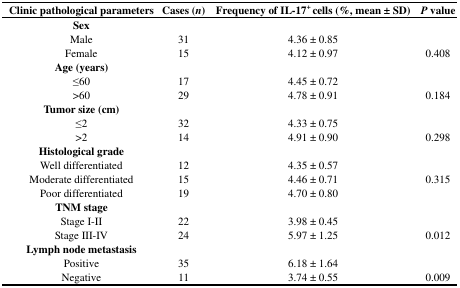
<table><thead><tr><td><b>Clinic pathological parameters</b></td><td><b>Cases (<i>n</i>)</b></td><td><b>Frequency of IL-17<sup>+</sup> cells (%, mean ± SD)</b></td><td><b><i>P</i> value</b></td></tr></thead><tbody><tr><td><b>Sex</b></td><td></td><td></td><td></td></tr><tr><td>Male</td><td>31</td><td>4.36 ± 0.85</td><td></td></tr><tr><td>Female</td><td>15</td><td>4.12 ± 0.97</td><td>0.408</td></tr><tr><td><b>Age (years)</b></td><td></td><td></td><td></td></tr><tr><td>≤60</td><td>17</td><td>4.45 ± 0.72</td><td></td></tr><tr><td>&gt;60</td><td>29</td><td>4.78 ± 0.91</td><td>0.184</td></tr><tr><td><b>Tumor size (cm)</b></td><td></td><td></td><td></td></tr><tr><td>≤2</td><td>32</td><td>4.33 ± 0.75</td><td></td></tr><tr><td>&gt;2</td><td>14</td><td>4.91 ± 0.90</td><td>0.298</td></tr><tr><td><b>Histological grade</b></td><td></td><td></td><td></td></tr><tr><td>Well differentiated</td><td>12</td><td>4.35 ± 0.57</td><td></td></tr><tr><td>Moderate differentiated</td><td>15</td><td>4.46 ± 0.71</td><td>0.315</td></tr><tr><td>Poor differentiated</td><td>19</td><td>4.70 ± 0.80</td><td></td></tr><tr><td><b>TNM stage</b></td><td></td><td></td><td></td></tr><tr><td>Stage I-II</td><td>22</td><td>3.98 ± 0.45</td><td></td></tr><tr><td>Stage III-IV</td><td>24</td><td>5.97 ± 1.25</td><td>0.012</td></tr><tr><td><b>Lymph node metastasis</b></td><td></td><td></td><td></td></tr><tr><td>Positive</td><td>35</td><td>6.18 ± 1.64</td><td></td></tr><tr><td>Negative</td><td>11</td><td>3.74 ± 0.55</td><td>0.009</td></tr></tbody></table>